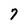
Character: 7